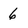
Character: 6